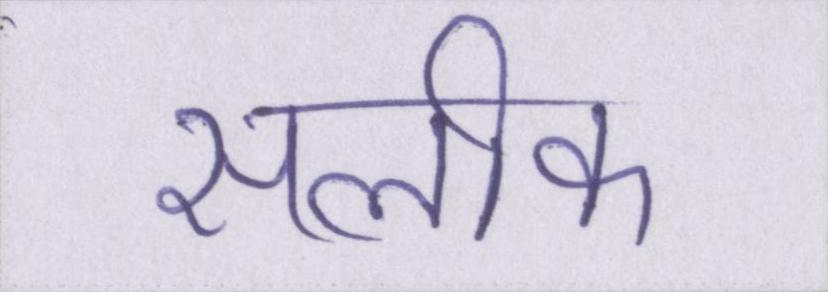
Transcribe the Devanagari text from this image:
सलीका